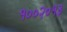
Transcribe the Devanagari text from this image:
१००२०१३